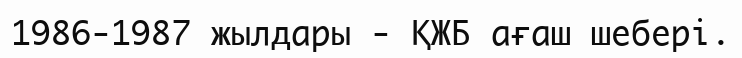
1986-1987 жылдары - ҚЖБ ағаш шебері.